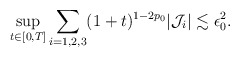
\begin{align*}\sup_{t\in[0,T]} \sum_{i=1,2,3} (1+t)^{1-2p_0}|\mathcal{J}_i| \lesssim \epsilon_0^2.\end{align*}